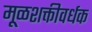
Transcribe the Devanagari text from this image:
मूळशक्तीवर्धक